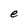
Character: e